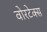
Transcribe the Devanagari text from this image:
वोरटेक्स